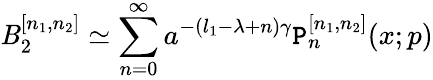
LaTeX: \mathit{B}_{2}^{[n_{1},n_{2}]}\simeq\sum_{n=0}^{\infty}a^{-(l_{1}-\lambda+n)\gamma}\mathtt{P}_{n}^{[n_{1},n_{2}]}(x;p)